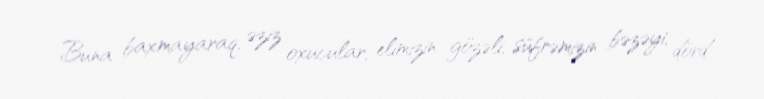
Buna baxmayaraq, əziz oxucular, elimizin gözəli, süfrəmizin bəzəyi, dörd